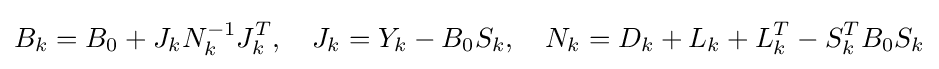
B_{k}=B_{0}+J_{k}N_{k}^{-1}J_{k}^{T},\quad J_{k}=Y_{k}-B_{0}S_{k},\quad N_{k}=D_{k}+L_{k}+L_{k}^{T}-S_{k}^{T}B_{0}S_{k}